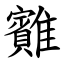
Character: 䨈